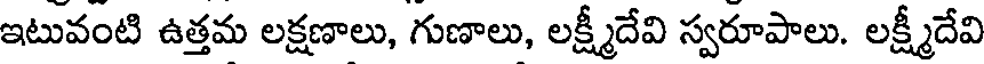
ఇటువంటి ఉత్తమ లక్షణాలు, గుణాలు, లక్ష్మీదేవి స్వరూపాలు. లక్ష్మీదేవి